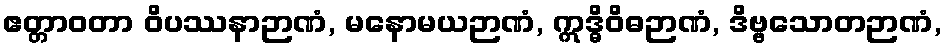
ဧတ္တာဝတာ ဝိပဿနာဉာဏံ, မနောမယဉာဏံ, ဣဒ္ဓိဝိဓဉာဏံ, ဒိဗ္ဗသောတဉာဏံ,